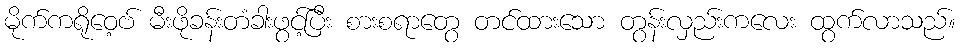
မိုက်ကရိုဝေ့ဗ် မီးဖိုခန်းတံခါးဖွင့်ပြီး စားစရာတွေ တင်ထားသော တွန်းလှည်းကလေး ထွက်လာသည်။